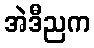
အဲဒီညက